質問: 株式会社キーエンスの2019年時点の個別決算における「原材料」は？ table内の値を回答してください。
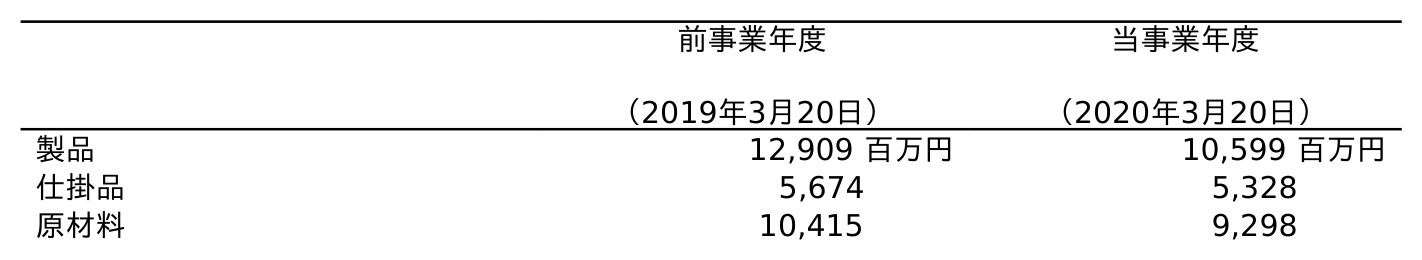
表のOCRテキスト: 前事業年度 （2019年3月20日） 当事業年度 （2020年3月20日） 製品 12,909 百万円 10,599 百万円 仕掛品 5,674 5,328 原材料 10,415 9,298
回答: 10,415